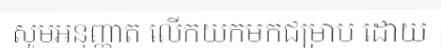
សូមអនុញ្ញាត លើកយកមកជម្រាប ដោយ